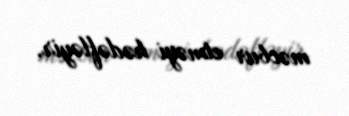
məcbur etməyi hədəfləyir.